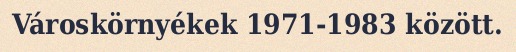
Városkörnyékek 1971‑1983 között.